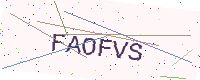
Text: FAOFVS